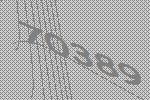
70389